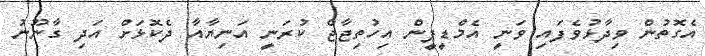
އެގޮތުން ވިދާޅުވެފައި ވަނީ އެމްޑީޕީން އިހުތިޖާޖް ކުރަނީ އަނިޔާއާ ދެކޮޅަށް އަދި ގާނޫނު